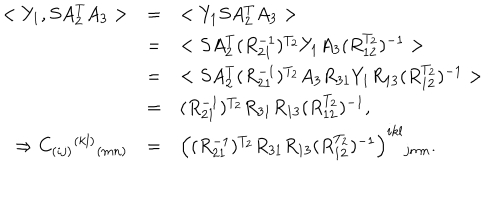
\begin{array} { r c l } { { < Y _ { 1 } , S A _ { 2 } ^ { T } A _ { 3 } > } } & { { = } } & { { < Y _ { 1 } S A _ { 2 } ^ { T } A _ { 3 } > } } \\ { { } } & { { = } } & { { < S A _ { 2 } ^ { T } ( R _ { 2 1 } ^ { - 1 } ) ^ { T _ { 2 } } Y _ { 1 } A _ { 3 } ( R _ { 1 2 } ^ { T _ { 2 } } ) ^ { - 1 } > } } \\ { { } } & { { = } } & { { < S A _ { 2 } ^ { T } ( R _ { 2 1 } ^ { - 1 } ) ^ { T _ { 2 } } A _ { 3 } R _ { 3 1 } Y _ { 1 } R _ { 1 3 } ( R _ { 1 2 } ^ { T _ { 2 } } ) ^ { - 1 } > } } \\ { { } } & { { = } } & { { ( R _ { 2 1 } ^ { - 1 } ) ^ { T _ { 2 } } R _ { 3 1 } R _ { 1 3 } ( R _ { 1 2 } ^ { T _ { 2 } } ) ^ { - 1 } , } } \\ { { \Rightarrow C _ { ( i j ) } { } ^ { ( k l ) } { } _ { ( m n ) } } } & { { = } } & { { \left( ( R _ { 2 1 } ^ { - 1 } ) ^ { T _ { 2 } } R _ { 3 1 } R _ { 1 3 } ( R _ { 1 2 } ^ { T _ { 2 } } ) ^ { - 1 } \right) ^ { i k l } { } _ { j m n } . } } \\ \end{array}